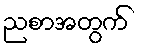
ညစာအတွက်